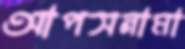
আপসনামা